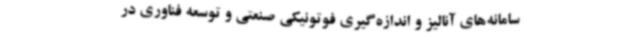
سامانه‌های آنالیز و اندازه‌گیری فوتونیکی صنعتی و توسعه فناوری در